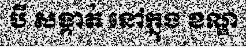
បី សង្កាត់ នៅក្នុង ខណ្ឌ